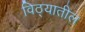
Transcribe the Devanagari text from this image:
विठ्यातील